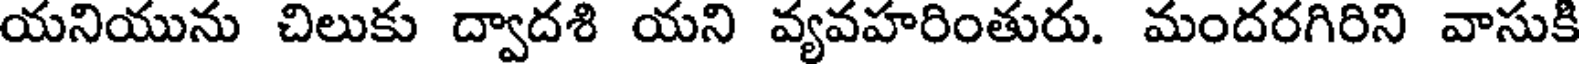
యనియును చిలుకు ద్వాదశి యని వ్యవహరింతురు. మందరగిరిని వాసుకి